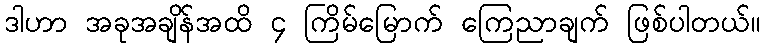
ဒါဟာ အခုအချိန်အထိ ၄ ကြိမ်မြောက် ကြေညာချက် ဖြစ်ပါတယ်။